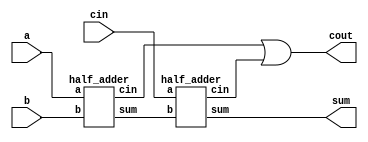
module full_adder(a, b, cin, sum, cout);
	input a, b, cin;
	output sum, cout;
	wire s1, c1, c2;
	
	half_adder ha1(a, b, s1, c1);
	half_adder ha2(cin, s1, sum, c2);
	or(cout, c1, c2);
	
endmodule

module half_adder(a, b, sum, cin);
	input a, b;
	output sum, cin;
	xor(sum, a, b);
	and(cin, a, b);
	
endmodule